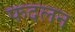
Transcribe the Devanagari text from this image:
फदलन